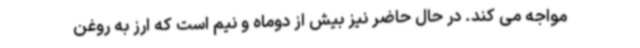
مواجه می کند. در حال حاضر نیز بیش از دوماه و نیم است که ارز به روغن